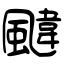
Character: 颹